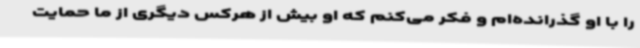
را با او گذرانده‌ام و فکر می‌کنم که او بیش از هرکس دیگری از ما حمایت